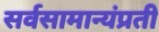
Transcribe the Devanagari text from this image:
सर्वसामान्यंप्रती